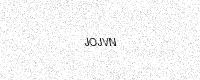
Text: JOJVN